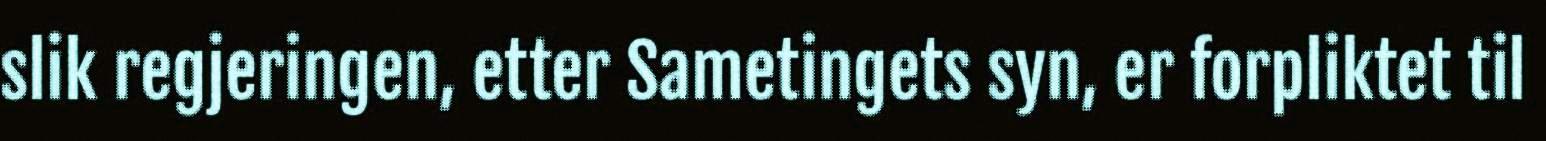
slik regjeringen, etter Sametingets syn, er forpliktet til